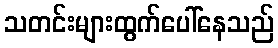
သတင်းများထွက်ပေါ်နေသည်